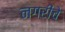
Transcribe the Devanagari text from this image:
नगरींचे